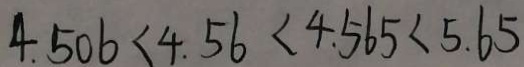
4 . 5 0 6 < 4 . 5 6 < 4 . 5 6 5 < 5 . 6 5